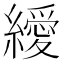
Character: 𦆔